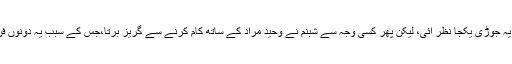
فلم ’’لاڈلا‘‘، ’’افشاں‘‘، ’’نصیب اپنا اپنا‘‘، ’’بندگی‘‘ میں بھی یہ جوڑی یکجا نظر آئی، لیکن پھر کسی وجہ سے شبنم نے وحید مراد کے ساتھ کام کرنے سے گریز برتا،جس کے سبب یہ دونوں فن کار ایک طویل عرصے تک کسی فلم میں یکجا نہ ہوسکے۔